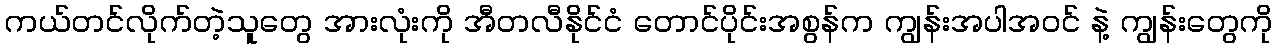
ကယ်တင်လိုက်တဲ့သူတွေ အားလုံးကို အီတလီနိုင်ငံ တောင်ပိုင်းအစွန်က ကျွန်းအပါအဝင် နဲ့ ကျွန်းတွေကို